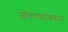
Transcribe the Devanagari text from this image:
जीवाश्मांवरून